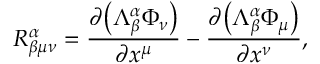
R _ { \beta \mu \nu } ^ { \alpha } = \frac { \partial { \left( \Lambda _ { \beta } ^ { \alpha } \Phi _ { \nu } \right) } } { \partial x ^ { \mu } } - \frac { \partial { \left( \Lambda _ { \beta } ^ { \alpha } \Phi _ { \mu } \right) } } { \partial x ^ { \nu } } ,